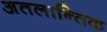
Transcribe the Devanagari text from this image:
अतलान्तिक